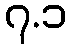
၇.၁